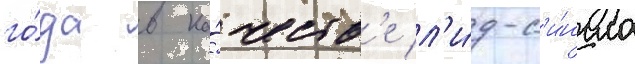
го́да в ка́честв'е л'и́д-с'и́нгла